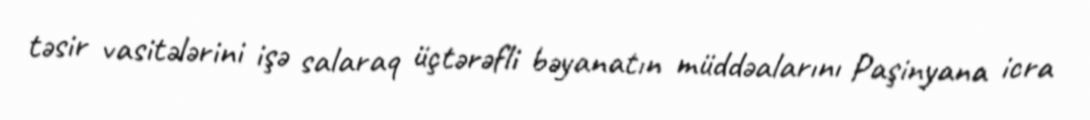
təsir vasitələrini işə salaraq üçtərəfli bəyanatın müddəalarını Paşinyana icra